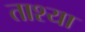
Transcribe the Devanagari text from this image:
ताश्या